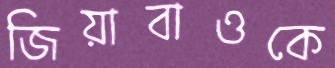
জিয়াবাওকে